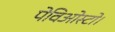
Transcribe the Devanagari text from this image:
पेविओस्टो।